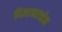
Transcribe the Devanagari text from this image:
विज्ञानरसेन